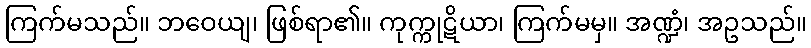
ကြက်မသည်။ ဘဝေယျ၊ ဖြစ်ရာ၏။ ကုက္ကုဋိယာ၊ ကြက်မမှ။ အဏ္ဍံ၊ အဥသည်။